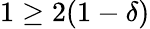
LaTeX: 1\geq 2(1-\delta)